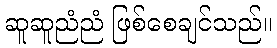
ဆူဆူညံညံ ဖြစ်စေချင်သည်။